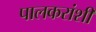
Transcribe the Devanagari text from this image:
पालकरांशी